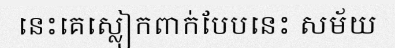
នេះគេស្លៀកពាក់បែបនេះ សម័យ